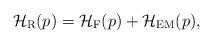
LaTeX: \begin{align*}{\cal H}_{\rm R}(p) = {\cal H}_{\rm F}(p) + {\cal H}_{\rm EM}(p),\end{align*}